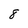
Character: 8